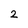
Character: 2